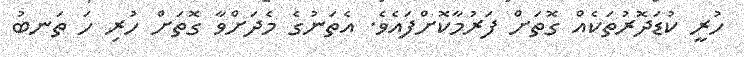
ހުރީ ކުޑަދޮރުތަކެއް ގޮތަށް ފަރުމާކޮށްފައެވެ. އެތަނުގެ މެދަށްވާ ގޮތަށް ހުރި ހަ ތަނބު